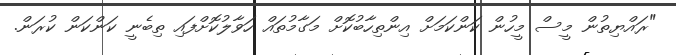
"ރައްޔިތުން މީސް މީހުން ކަންކަމަށް އިންތިހާބުކޮށް މަގާމުތައް ހަވާލުކޮށްފައި ތިބެނީ ކަންކަން ކުރަން.